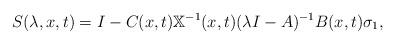
LaTeX: \begin{align*} S(\lambda,x,t) = I - C(x,t) \mathbb X^{-1}(x,t) (\lambda I - A)^{-1} B(x,t) \sigma_1,\end{align*}